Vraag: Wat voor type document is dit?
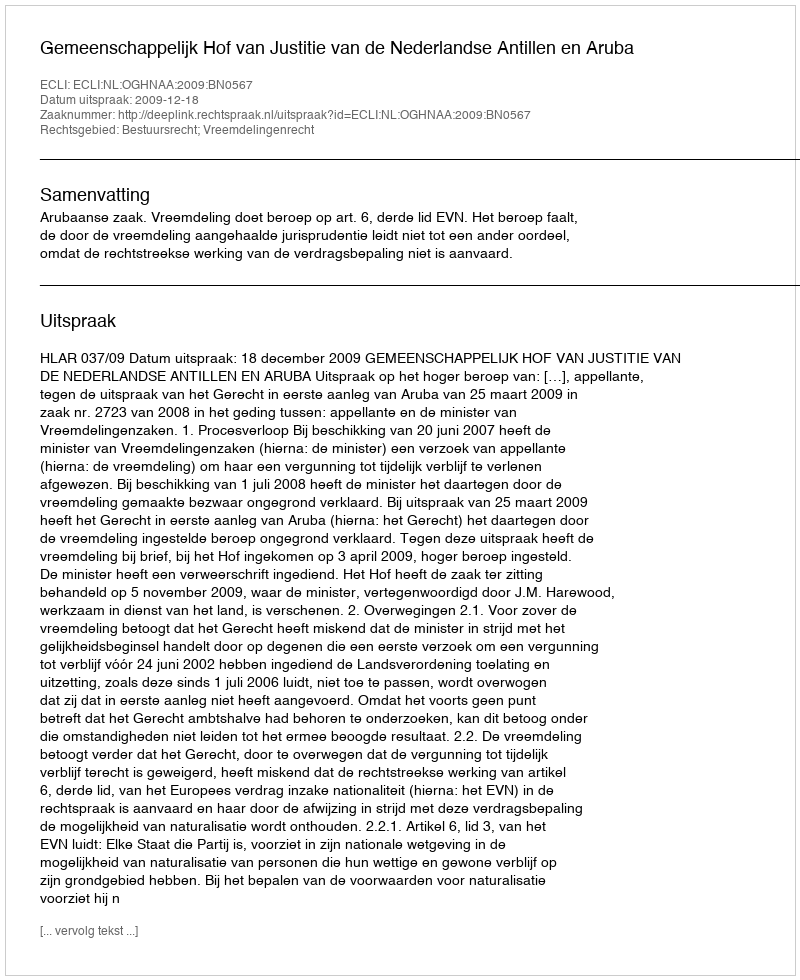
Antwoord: Uitspraak